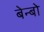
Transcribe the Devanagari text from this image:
बेन्बो